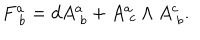
F _ { \; b } ^ { a } = d A _ { \; b } ^ { a } + A _ { \; c } ^ { a } \wedge A _ { \; b } ^ { c } .